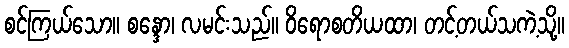
စင်ကြယ်သော။ စန္ဒော၊ လမင်းသည်။ ဝိရောစတိယထာ၊ တင့်တယ်သကဲ့သို့။